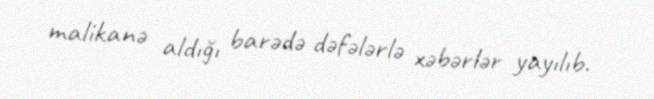
malikanə aldığı barədə dəfələrlə xəbərlər yayılıb.